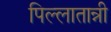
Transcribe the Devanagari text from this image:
पिल्लातान्नी